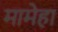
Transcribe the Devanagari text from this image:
मामेहा